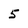
Character: 5